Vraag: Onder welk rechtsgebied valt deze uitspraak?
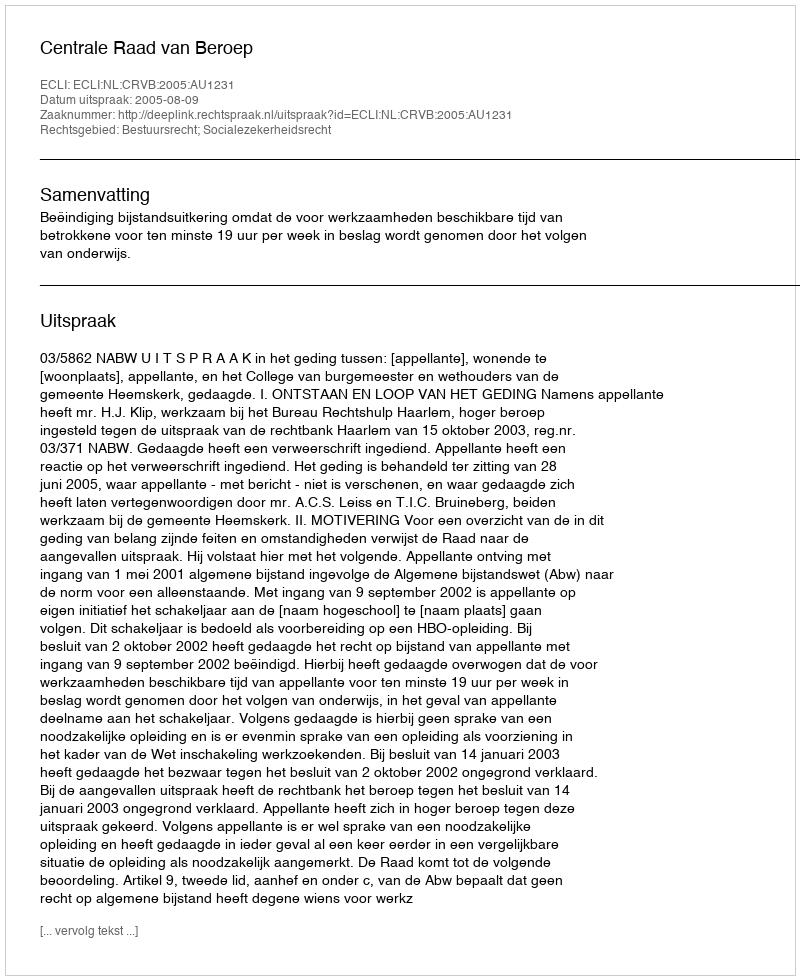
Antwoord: Bestuursrecht; Socialezekerheidsrecht